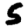
Digit: 5